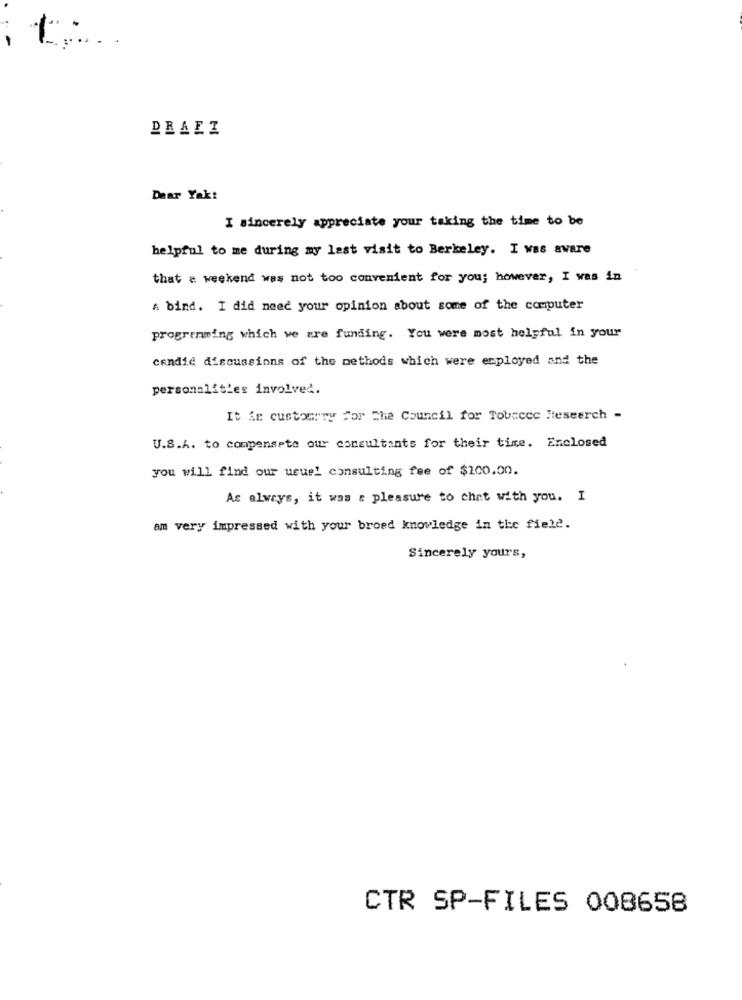
PRAEZ
Dear Yak:
I sincerely appreciate your taking the time to be
helpful to me during my last visit to Berkeley. I was aware
that a weekend was not too convenient for you; however, I was in
A bind. I did need your opinion about some of the computer
programming which we are funding. You were most helpful in your
candid discussions of the methods which were employed and the
personalities involved.
It is customrny for The Council for Tobecce ftesearch -
U.S.A. to compensate our consultants for their time. Enclosed
you will find our usuel consulting fee of $100.00.
As always, it was a pleasure to chat with you. I
am very impressed with your broed knowledge in the field.
Sincerely yours,
CTR SP-FILES 008658